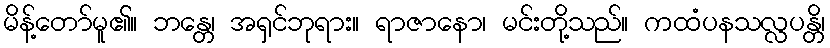
မိန့်တော်မူ၏။ ဘန္တေ၊ အရှင်ဘုရား။ ရာဇာနော၊ မင်းတို့သည်။ ကထံပနသလ္လပန္တိ၊